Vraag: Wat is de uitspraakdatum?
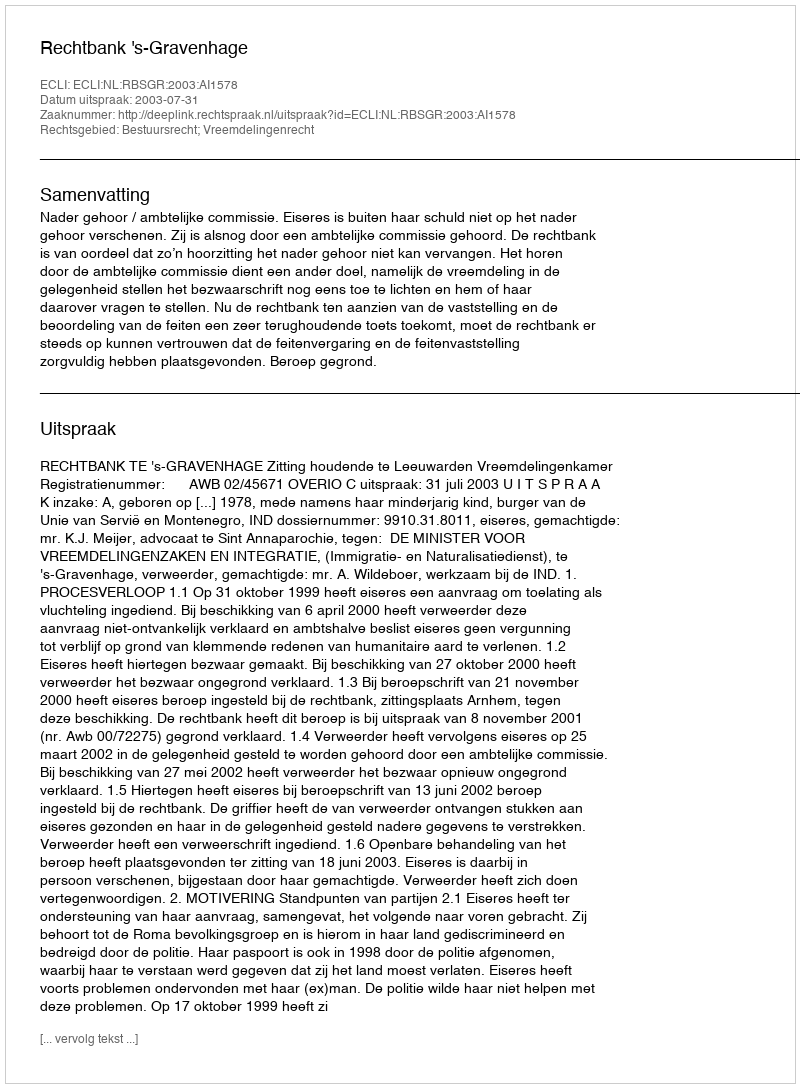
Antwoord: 2003-07-31